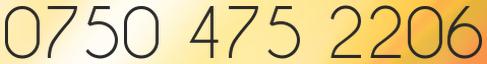
0750 475 2206